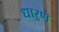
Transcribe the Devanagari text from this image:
धार॒ण